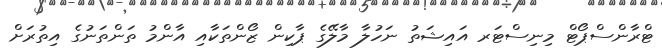
ޓްރާންސްޕޯޓް މިނިސްޓަރ އައިޝަތު ނަހުލާ މާލޭގެ ޕާކިން ޒޯންތަކާއި އާންމު ތަންތަނުގެ އިތުރަށް